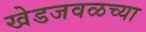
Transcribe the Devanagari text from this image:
खेडजवळच्या